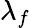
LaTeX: \lambda_{f}